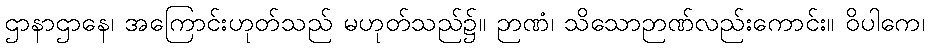
ဌာနာဌာနေ၊ အကြောင်းဟုတ်သည် မဟုတ်သည်၌။ ဉာဏံ၊ သိသောဉာဏ်လည်းကောင်း။ ဝိပါကေ၊